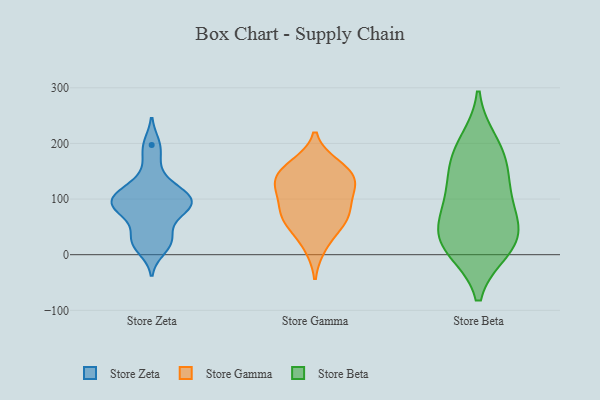
{"axis": {"x": "Population (Million)", "y": "Value"}, "legend": ["Store Beta", "Store Gamma", "Store Zeta"], "data": [{"x": "", "y": 108, "type": "Store Zeta"}, {"x": "", "y": 112, "type": "Store Zeta"}, {"x": "", "y": 78, "type": "Store Zeta"}, {"x": "", "y": 82, "type": "Store Zeta"}, {"x": "", "y": 11, "type": "Store Zeta"}, {"x": "", "y": 29, "type": "Store Zeta"}, {"x": "", "y": 154, "type": "Store Zeta"}, {"x": "", "y": 191, "type": "Store Zeta"}, {"x": "", "y": 27, "type": "Store Zeta"}, {"x": "", "y": 22, "type": "Store Zeta"}, {"x": "", "y": 120, "type": "Store Zeta"}, {"x": "", "y": 107, "type": "Store Zeta"}, {"x": "", "y": 103, "type": "Store Zeta"}, {"x": "", "y": 78, "type": "Store Zeta"}, {"x": "", "y": 86, "type": "Store Zeta"}, {"x": "", "y": 85, "type": "Store Zeta"}, {"x": "", "y": 29, "type": "Store Zeta"}, {"x": "", "y": 85, "type": "Store Zeta"}, {"x": "", "y": 104, "type": "Store Zeta"}, {"x": "", "y": 197, "type": "Store Zeta"}, {"x": "", "y": 15, "type": "Store Gamma"}, {"x": "", "y": 137, "type": "Store Gamma"}, {"x": "", "y": 65, "type": "Store Gamma"}, {"x": "", "y": 161, "type": "Store Gamma"}, {"x": "", "y": 154, "type": "Store Gamma"}, {"x": "", "y": 103, "type": "Store Gamma"}, {"x": "", "y": 54, "type": "Store Gamma"}, {"x": "", "y": 115, "type": "Store Gamma"}, {"x": "", "y": 142, "type": "Store Gamma"}, {"x": "", "y": 127, "type": "Store Gamma"}, {"x": "", "y": 67, "type": "Store Gamma"}, {"x": "", "y": 76, "type": "Store Gamma"}, {"x": "", "y": 40, "type": "Store Beta"}, {"x": "", "y": 174, "type": "Store Beta"}, {"x": "", "y": 105, "type": "Store Beta"}, {"x": "", "y": 25, "type": "Store Beta"}, {"x": "", "y": 161, "type": "Store Beta"}, {"x": "", "y": 18, "type": "Store Beta"}, {"x": "", "y": 200, "type": "Store Beta"}, {"x": "", "y": 11, "type": "Store Beta"}, {"x": "", "y": 61, "type": "Store Beta"}, {"x": "", "y": 108, "type": "Store Beta"}]}